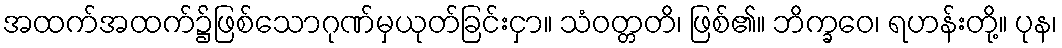
အထက်အထက်၌ဖြစ်သောဂုဏ်မှယုတ်ခြင်းငှာ။ သံဝတ္တတိ၊ ဖြစ်၏။ ဘိက္ခဝေ၊ ရဟန်းတို့။ ပုန၊